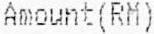
AMOUNT(RM)